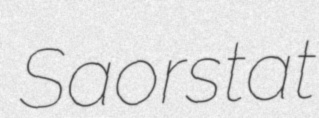
Saorstat